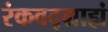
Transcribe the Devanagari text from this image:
रंकवद्ग्राह्यं